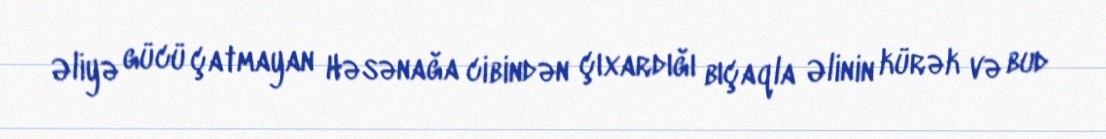
Əliyə gücü çatmayan Həsənağa cibindən çıxardığı bıçaqla Əlinin kürək və bud